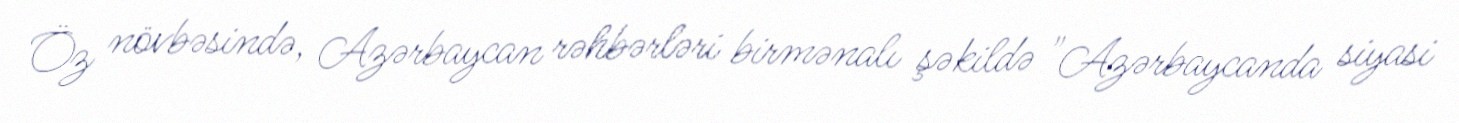
Öz növbəsində, Azərbaycan rəhbərləri birmənalı şəkildə "Azərbaycanda siyasi